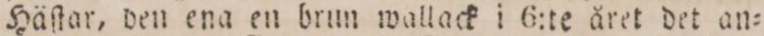
Häſtar, den ena en brun wallack i 6:te året det an=